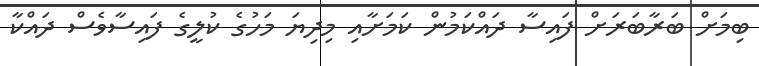
ބިމަށް ބަރާބަރަށް ފައިސާ ދައްކަމުން ކަމަށާއި މިދިޔަ މަހުގެ ކުލީގެ ފައިސާވެސް ދައްކާ